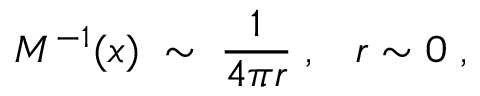
M ^ { - 1 } ( x ) \; \sim \; \frac { 1 } { 4 \pi r } \; , \; \; \; r \sim 0 \; ,